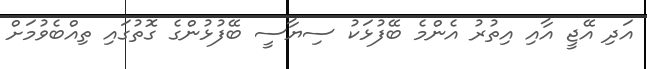
އަދި އޭޖީ އާއި އިތުރު އެންމެ ބޭފުޅަކު ސިޔާސީ ބޭފުޅުންގެ ގޮތުގައި ތިއްބެވުމަށް